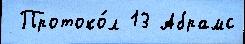
 Протоко́л 13 Абрамс